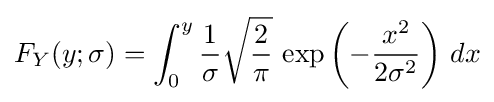
F_{Y}(y;\sigma )=\int _{0}^{y}{\frac {1}{\sigma }}{\sqrt {\frac {2}{\pi }}}\,\exp \left(-{\frac {x^{2}}{2\sigma ^{2}}}\right)\,dx